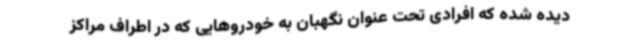
دیده شده که افرادی تحت عنوان نگهبان به خودروهایی که در اطراف مراکز